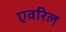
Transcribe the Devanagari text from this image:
एवरिल